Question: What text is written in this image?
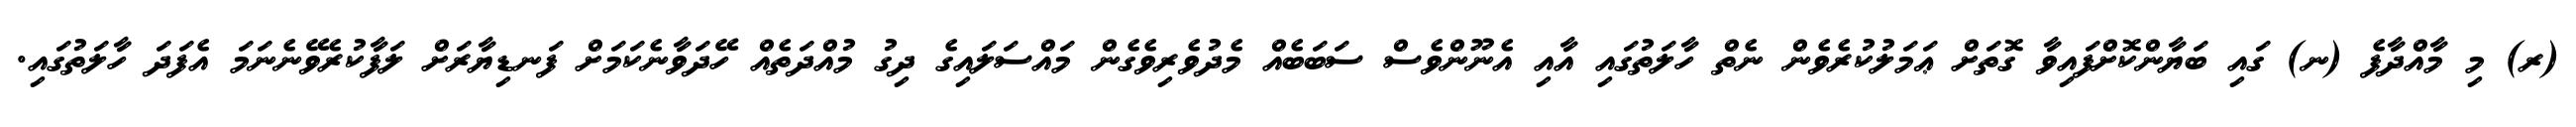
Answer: (ރ) މި މާއްދާފެ (ނ) ގައި ބަޔާންކޮށްފައިވާ ގޮތަށް ޢަމަލުކުރެވެން ނެތް ހާލަތުގައި އާއި އެނޫންވެސް ސަބަބެއް މެދުވެރިވެގެން މައްސަލައިގެ ދިގު މުއްދަތެއް ހޭދަވާނެކަމަށް ފަނޑިޔާރަށް ލަފާކުރެވޭނެނަމަ އެފަދަ ހާލަތުގައި.